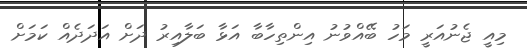
މިއީ ޖެނުއަރީ މަހު ބޭއްވުނު އިންތިހާބާ އަޅާ ބަލާއިރު ދަށް އަދަދެއް ކަމަށް